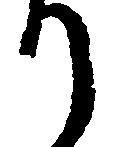
り